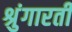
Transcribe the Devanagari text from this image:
श्रुंगारती